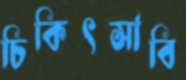
চিকিৎসাবি